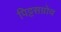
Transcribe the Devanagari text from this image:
पिट्टसग्रोव